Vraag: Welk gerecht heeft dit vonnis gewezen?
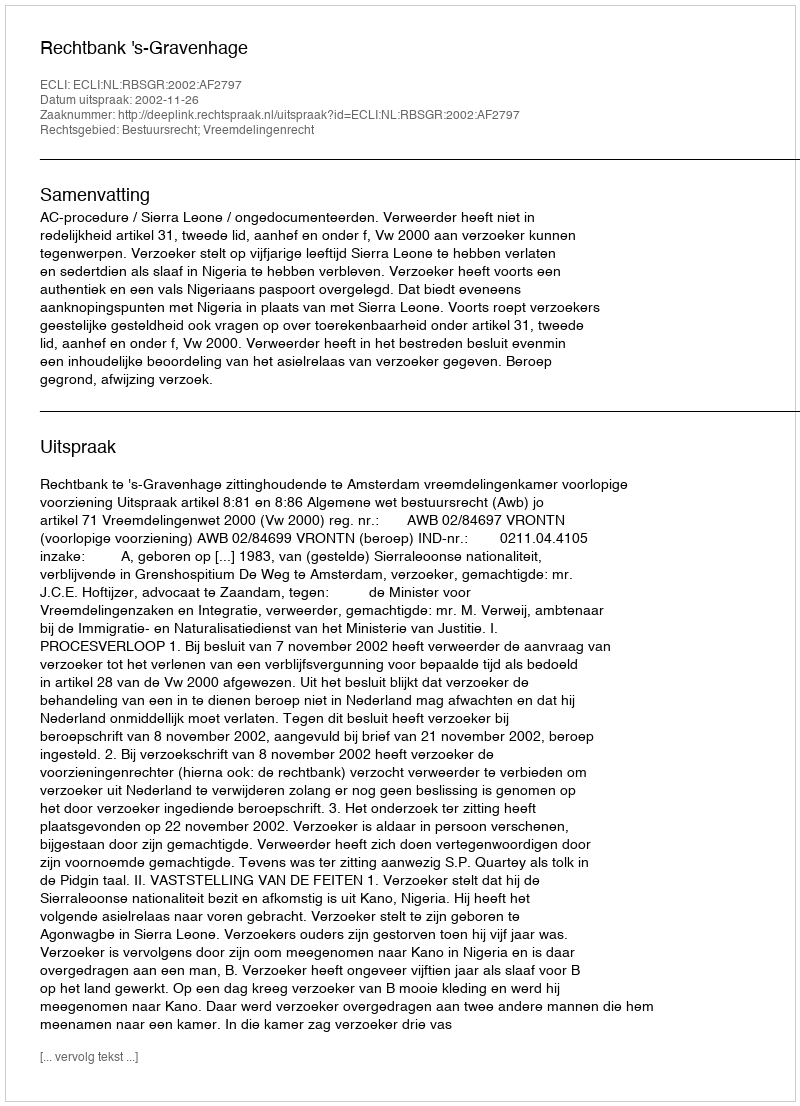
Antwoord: Rechtbank 's-Gravenhage